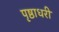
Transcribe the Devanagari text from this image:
पृष्ठाधरी